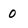
Character: 0